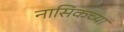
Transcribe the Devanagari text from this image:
नासिकच्या